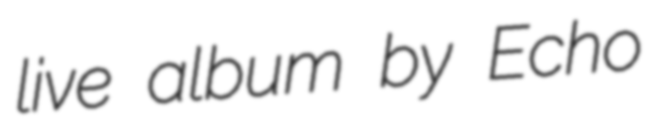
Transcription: live album by Echo